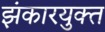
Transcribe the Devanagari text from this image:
झंकारयुक्त